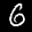
Label: 6